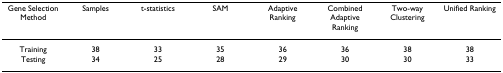
| Gene Selection Method | Samples | t-statistics | SAM | Adaptive Ranking | Combined Adaptive Ranking | Two-way Clustering | Unified Ranking |
 | --- | --- | --- | --- | --- | --- | --- | --- |
 | Training | 38 | 33 | 35 | 36 | 36 | 38 | 38 |
 | Testing | 34 | 25 | 28 | 29 | 30 | 30 | 33 |